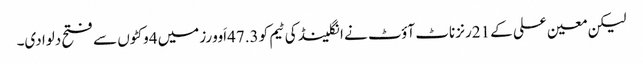
لیکن معین علی کے 21رنز ناٹ آؤٹ نے انگلینڈ کی ٹیم کو 47.3اَوورز میں 4وکٹوں سے فتح دلوا دی۔